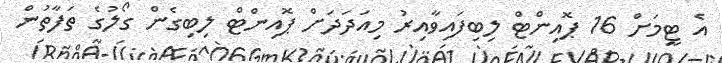
އެ ޓީމަށް 16 ޕޮއިންޓް ލިބިފައިވާއިރު މިއަދަދަށް ޕޮއިންޓް ލިބިގެން ގޯލުގެ ތަފާތުން